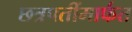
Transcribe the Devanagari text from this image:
छत्रपतींमार्फत